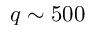
q \sim 5 0 0